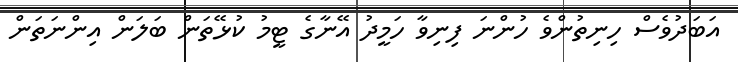
އަބަދުވެސް ހިނިތުންވެ ހުންނަ ފިނިވާ ހަމީދު އޭނާގެ ޓީމު ކުޅޭތަން ބަލަން އިންނަތަން